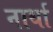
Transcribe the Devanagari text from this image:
नार्था